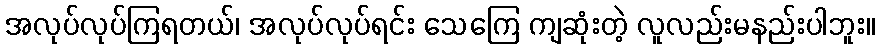
အလုပ်လုပ်ကြရတယ်၊ အလုပ်လုပ်ရင်း သေကြေ ကျဆုံးတဲ့ လူလည်းမနည်းပါဘူး။